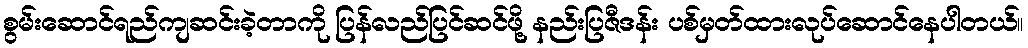
စွမ်းဆောင်ရည်ကျဆင်းခဲ့တာကို ပြန်လည်ပြင်ဆင်ဖို့ နည်းပြဇီဒန်း ပစ်မှတ်ထားလုပ်ဆောင်နေပါတယ်။